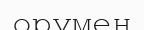
орумен